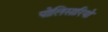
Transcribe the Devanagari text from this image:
पोलिसारियो